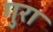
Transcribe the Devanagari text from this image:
गुरा